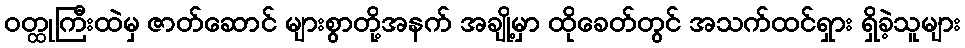
ဝတ္ထုကြီးထဲမှ ဇာတ်ဆောင် များစွာတို့အနက် အချို့မှာ ထိုခေတ်တွင် အသက်ထင်ရှား ရှိခဲ့သူများ